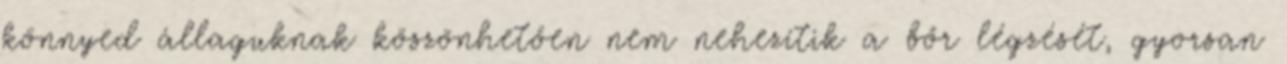
könnyed állaguknak köszönhetően nem nehezítik a bőr légzését, gyorsan